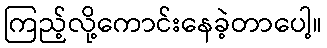
ကြည့်လို့ကောင်းနေခဲ့တာပေါ့။